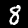
Label: 8